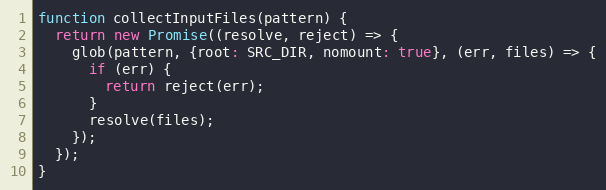
Language: JavaScript
function collectInputFiles(pattern) {
  return new Promise((resolve, reject) => {
    glob(pattern, {root: SRC_DIR, nomount: true}, (err, files) => {
      if (err) {
        return reject(err);
      }
      resolve(files);
    });
  });
}